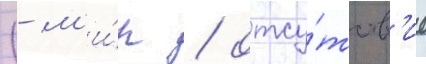
(- м'и́р / отсу́тств'ие